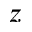
z